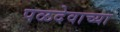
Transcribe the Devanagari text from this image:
पळदेवाच्या